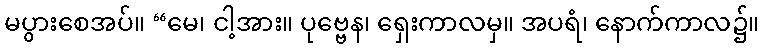
မပွားစေအပ်။ “မေ၊ ငါ့အား။ ပုဗ္ဗေန၊ ရှေးကာလမှ။ အပရံ၊ နောက်ကာလ၌။